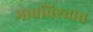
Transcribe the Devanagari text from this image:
भावविश्‍वात